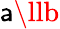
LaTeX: \mathsf{a}\llb